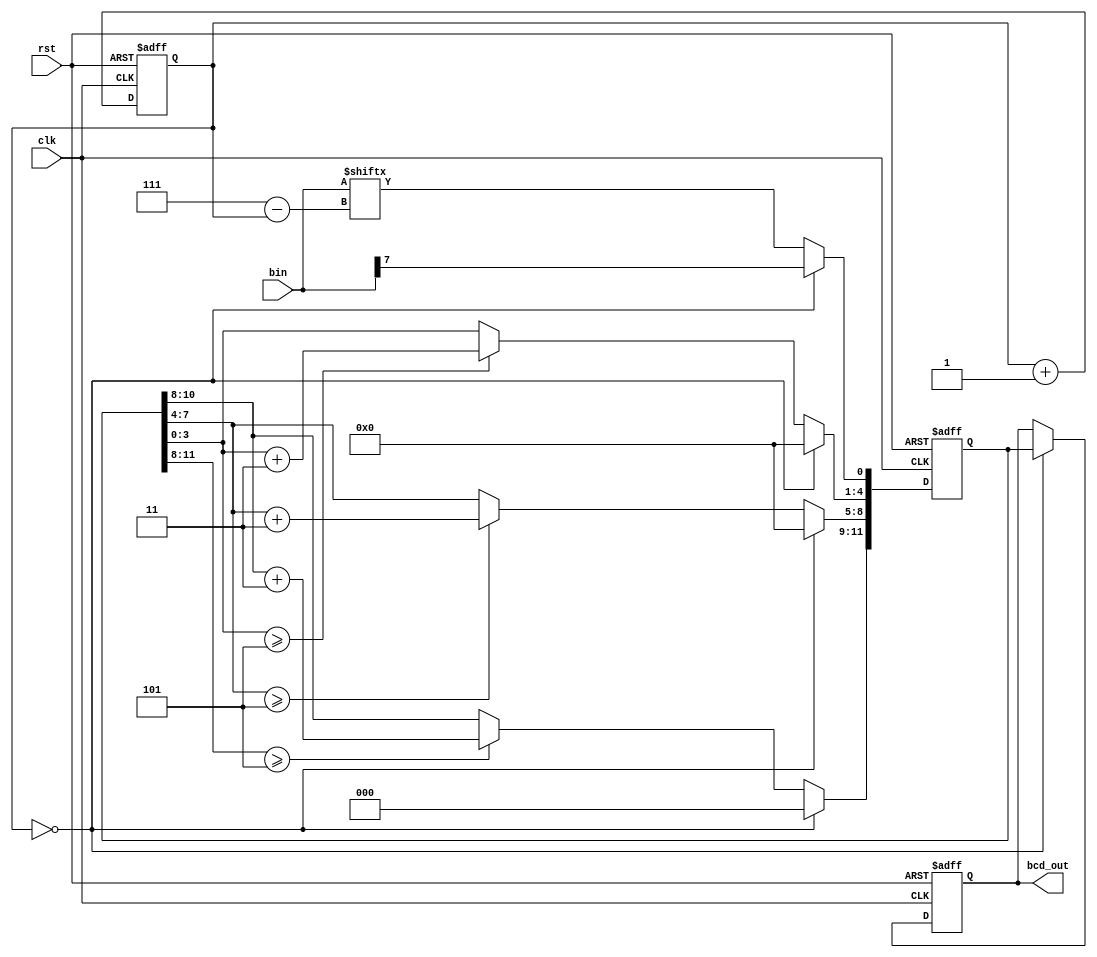
`timescale 1ns / 1ps
//////////////////////////////////////////////////////////////////////////////////
// Company: 
// Engineer: 
// 
// Design Name: 
// Module Name: bin_to_BCD
// Project Name: 
// Target Devices: 
// Tool Versions: 
// Description: 
// 
// Dependencies: 
// 
// Revision:
// Revision 0.01 - File Created
// Additional Comments:
// 
//////////////////////////////////////////////////////////////////////////////////


module bin_to_BCD(clk, rst, bin, bcd_out);

input clk, rst;
input [7:0] bin;
reg [11:0] bcd;
output reg [11:0] bcd_out;

reg [2:0] i;

always @(posedge clk or posedge rst) begin
    if(rst) begin 
        bcd <= {4'd0, 4'd0, 4'd0};
        i <= 0;
    end
    else begin
        if(i == 0) begin
            bcd[11:1] <= 11'b0000_0000_000;
            bcd[0] <= bin[7];
        end
        else begin
            bcd[11:9] <= (bcd[11:8] >= 3'd5) ? bcd[11:8] + 2'd3 : bcd[11:8];
            bcd[8:5] <= (bcd[7:4] >= 3'd5) ? bcd[7:4] + 2'd3 : bcd[7:4];
            bcd[4:1] <= (bcd[3:0] >= 3'd5) ? bcd[3:0] + 2'd3 : bcd[3:0];
            bcd[0] <= bin[7-i];
        end
        i <= i + 1;
    end
end

always @(posedge clk or posedge rst) begin
    if (rst) bcd_out <= {4'd0, 4'd0, 4'd0};
    else if(i == 0) bcd_out <= bcd;
end

endmodule